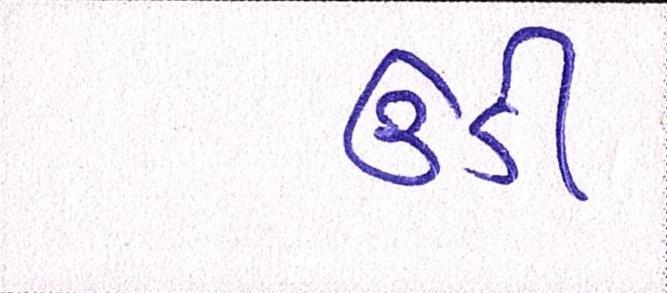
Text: ઉડી